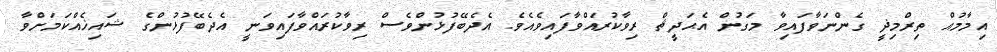
އިމާމުއް ތިރްމިޛީ ގެންނަވާފައިވާ މަގުން އެޙަދީޘް ރިވާކުރައްވާފައިވެއެވެ. އެދެބޭފުޅުންވެސް ރިވާކުރައްވާފައިވަނީ އެދެބޭފުޅުންގެ ޝައިޚެއްކަމަށްވާ